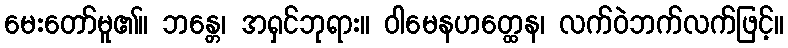
မေးတော်မူ၏။ ဘန္တေ၊ အရှင်ဘုရား။ ဝါမေနဟတ္ထေန၊ လက်ဝဲဘက်လက်ဖြင့်။